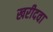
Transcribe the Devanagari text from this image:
खरीदवा